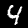
Digit: 4